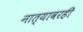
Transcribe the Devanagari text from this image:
नात्यावरही